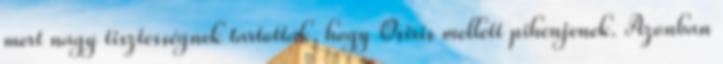
mert nagy tisztességnek tartották, hogy Osiris mellett pihenjenek. Azonban